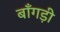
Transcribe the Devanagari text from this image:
बाँगड़ी